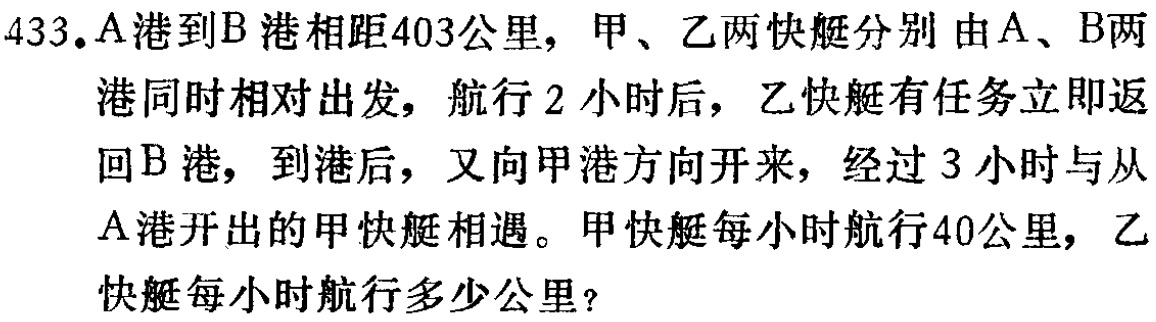
433.A港到B港相距403公里，甲、乙两快艇分别由A、B两港同时相对出发，航行2小时后，乙快艇有任务立即返回B港，到港后，又向甲港方向开来，经过3小时与从A港开出的甲快艇相遇。甲快艇每小时航行40公里，乙快艇每小时航行多少公里?